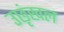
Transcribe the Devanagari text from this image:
उछृंखल